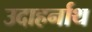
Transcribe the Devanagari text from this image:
उदाहर्नाथ